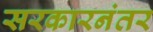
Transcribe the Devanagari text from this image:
सरकारनंतर